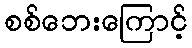
စစ်ဘေးကြောင့်